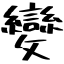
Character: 變